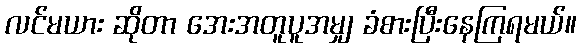
လင်မယား ဆိုတာ အေးအတူပူအမျှ ခံစားပြီးနေကြရမယ်။